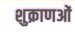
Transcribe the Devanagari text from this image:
शुक्राणओं